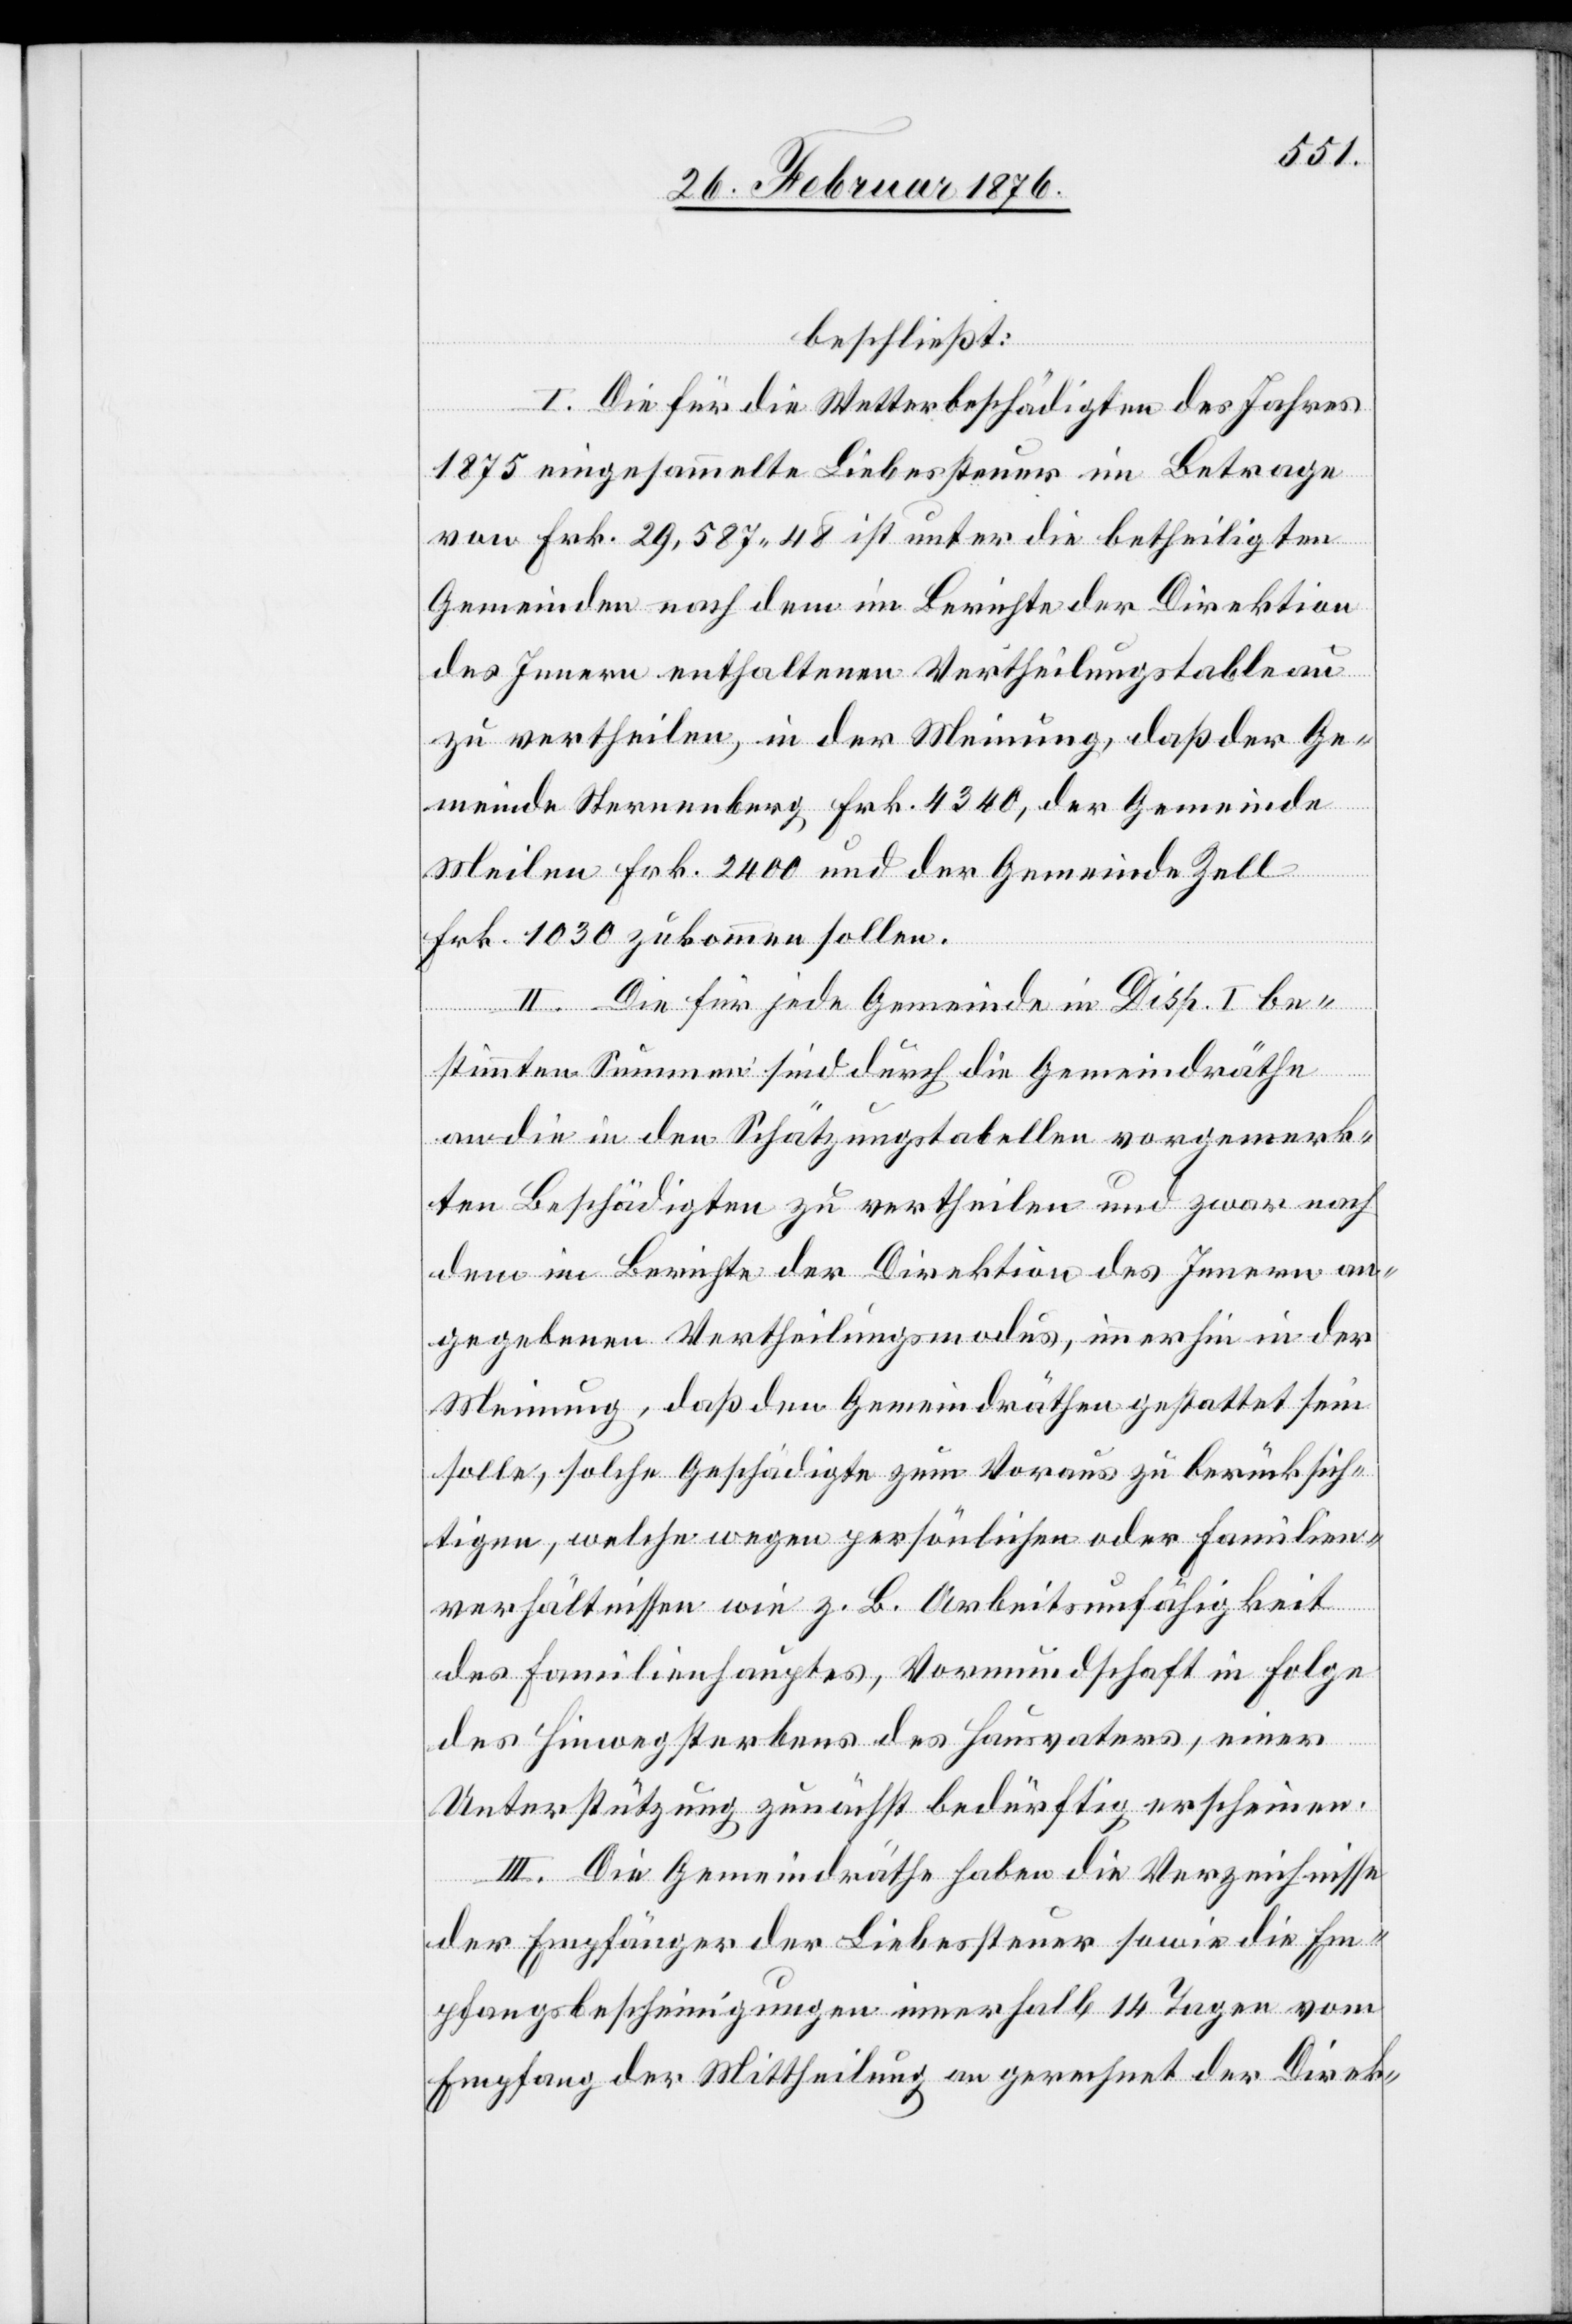
beschließt:
I. Die für die Wetterbeschädigten des Jahres
1875 eingesammelte Liebessteuer im Betrage
von Frk. 29,587 48 ist unter die betheiligten
Gemeinden nach dem im Berichte der Direktion
des Innern enthaltenen Vertheilungstableau
zu vertheilen, in der Meinung, daß der Ge¬
meinde Sternenberg Frk. 4340, der Gemeinde
pfe¬
Meilen Frk. 2400 und der Gemeinde Zell
Frk. 1030 zukommen sollen.
II. Die für jede Gemeinde in Disp. I. be¬
stimmten Summen sind durch die Gemeindräthe
an die in den Schätzungstabellen vorgemerk¬
ten Beschädigten zu ertheilen und zwar nach
dem im Berichte der Direktion des Innern an¬
gegebenen Vertheilungsmodus, immerhin in der
Meinung, daß den Gemeindräthen gestattet sein
solle, solche Geschädigte zum Voraus zu berücksich¬
tigen, welche wegen persönlichen oder Familien¬
verhältnissen wie z. B. Arbeitslosigkeit
des Familienoberhauptes, Vormundschaft in Folge
des Hinwegsterbens des Hausvaters, einer
Unterstützung zunächst bedürftig erscheinen.
III. Die Gemeindräthe haben die Verzeichnisse
der Empfänger der Liebessteuer sowie die Em¬
hlungsbescheinigungen innerhalb 14 Tagen vom
Empfang der Mittheilung an gerechnet der Direk-